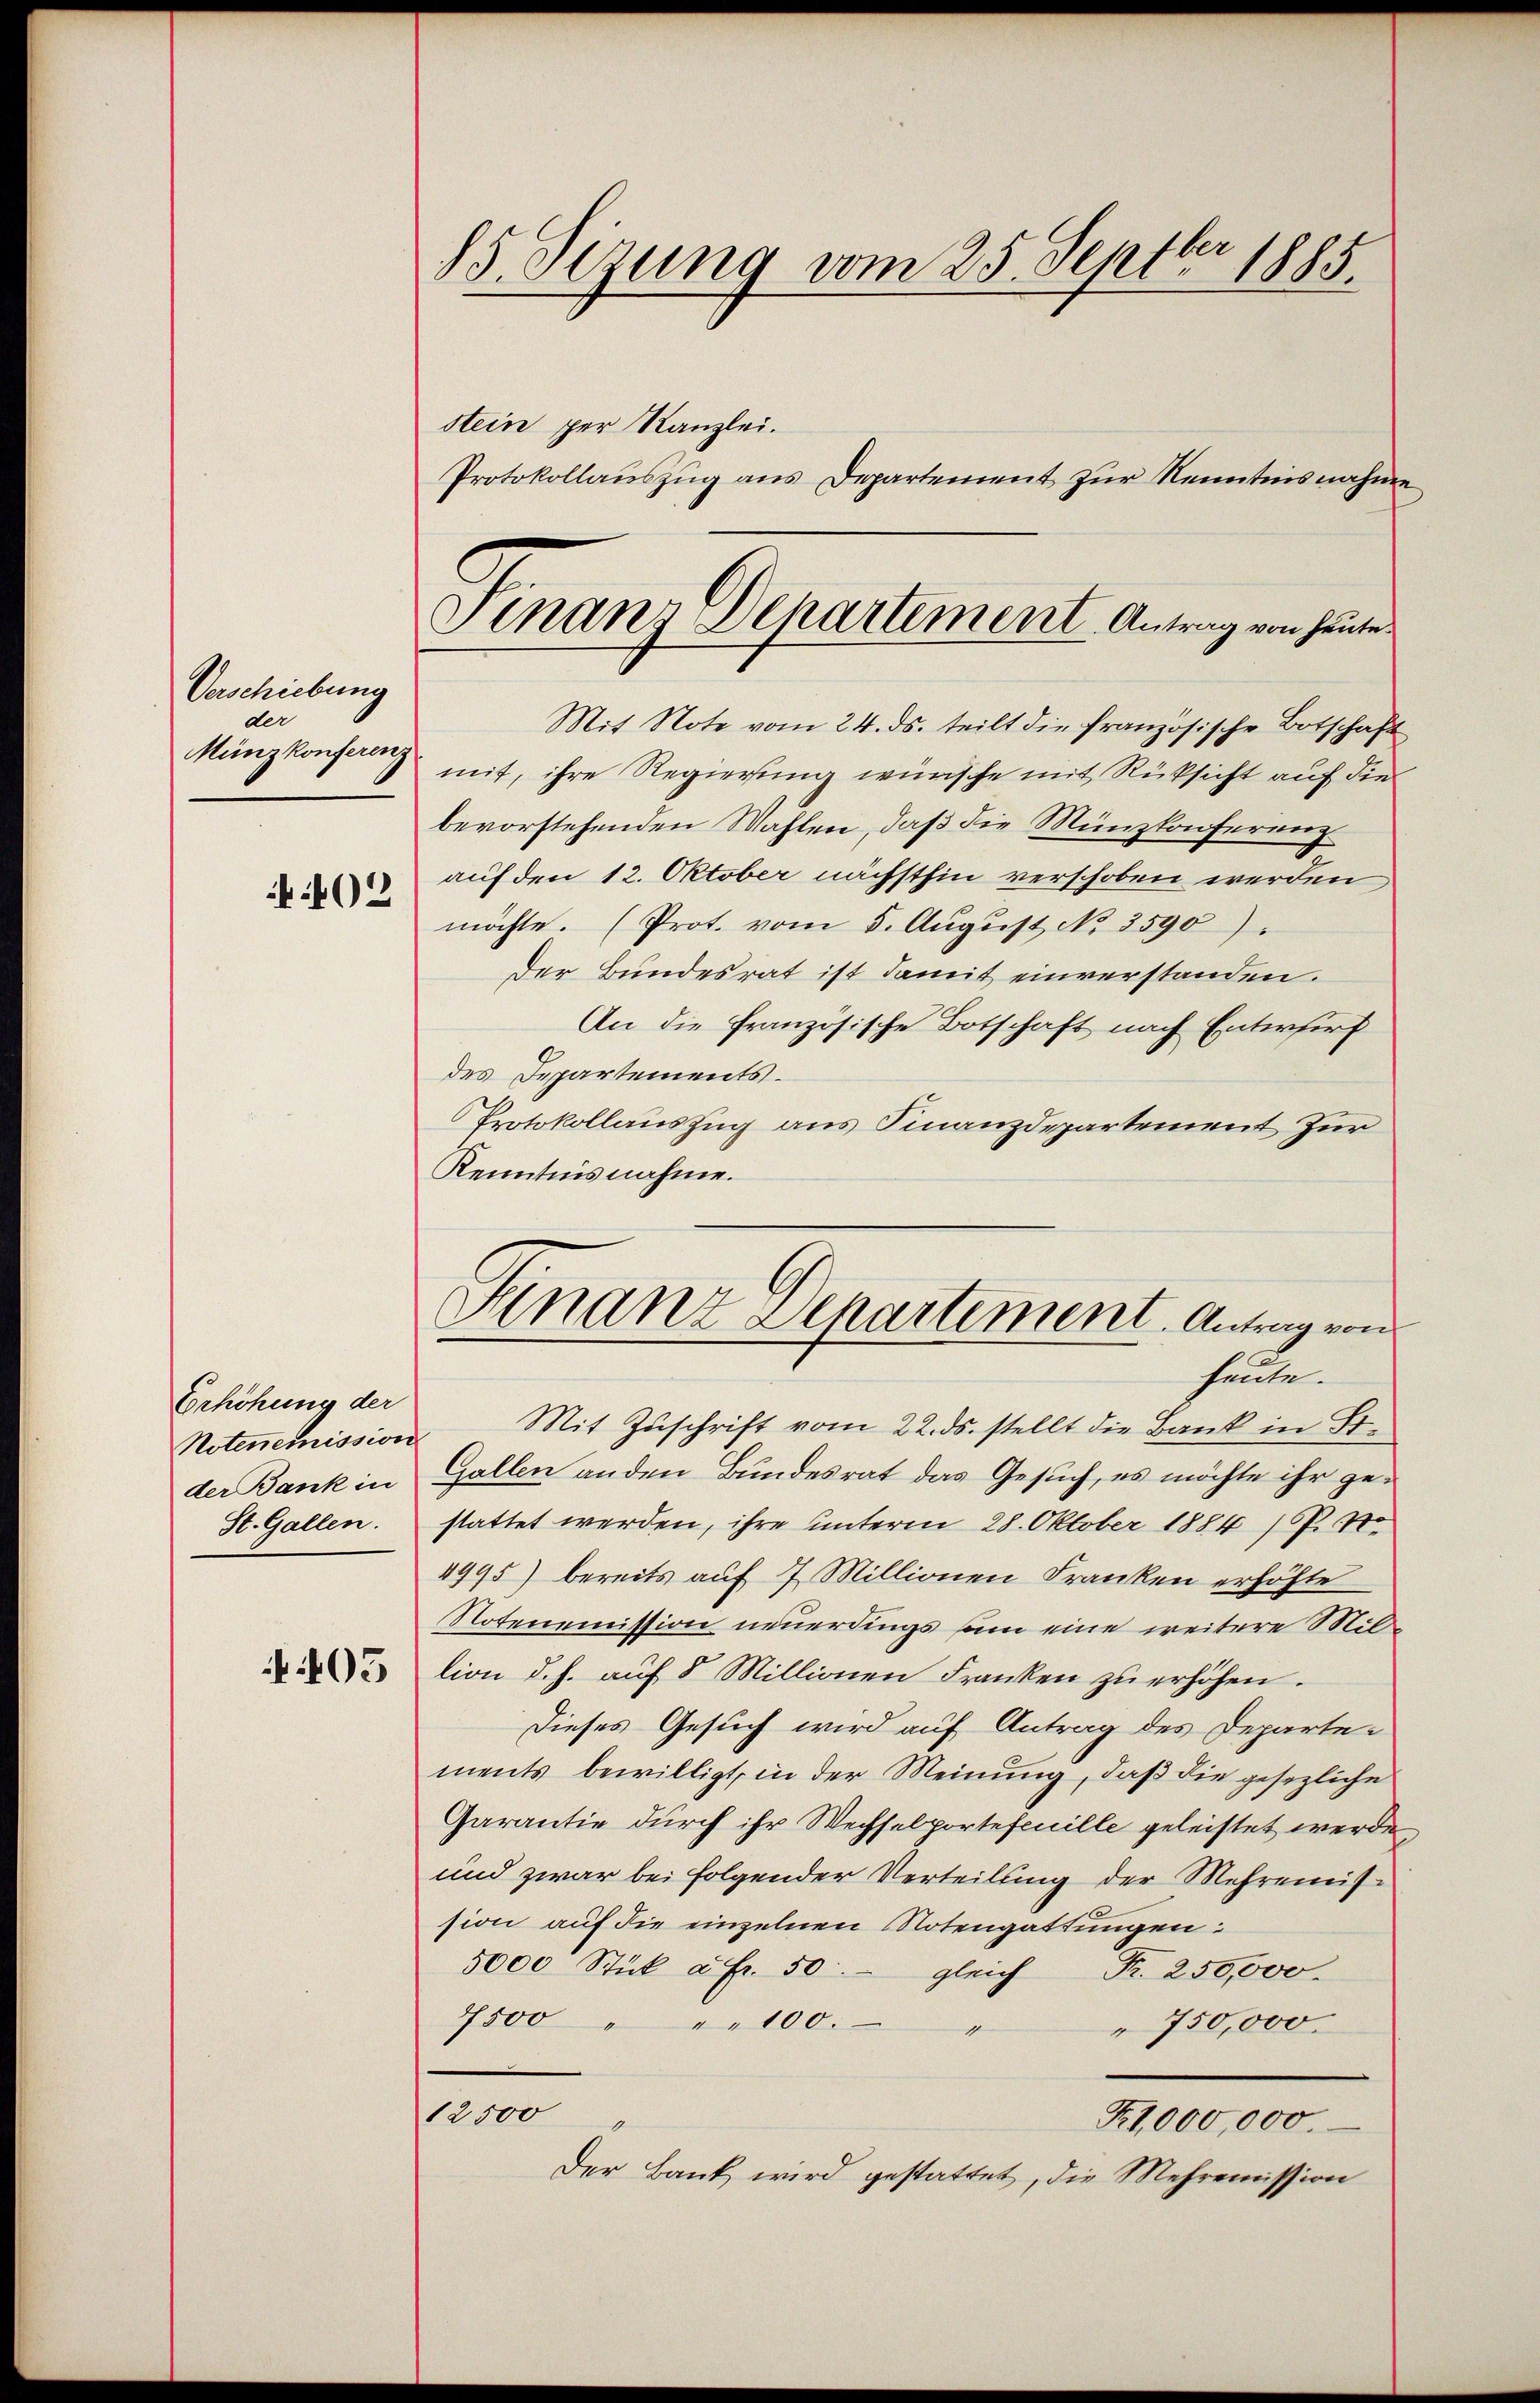
Verschiebung
der
Münzkonferenz
402

Erhöhung der
Notenemission
der Bank in
St. Gallen.

405

85. Sezung vom 25. Septbr 1885
stein per Kanzlei.
Protokollauszug aus Departement zur Kenntnisnahme

Mit Note vom 24. ds. teilt die französische Botschaft
mit, ihre Regierung wünsche mit Rücksicht auf die
bevorstehenden Wahlen, daß die Münzkonferenz
auf den 12. Oktober nächsthin verschoben werden
möchte. (Prot. vom 5. Aŭgŭst No. 3590).
Der Bundesrat ist damit einverstanden.
An die französische Botschaft nach Entwurf
des Departements.
Protokollauszug aus Finanzdepartement zur
Kenntnisnahme.
Mit Zuschrift vom 22. ds. stellt die Bank in St.
Gallen anden Bundesrat das Gesuch, es möchte ihr gestattet werden, ihre unterm 28. Oktober 1884) S. 4
4995) bereits auf 7 Millionen Franken erhöhte
Notenemission neuerdings sam eine weitere Million d. h. aŭf 8 Millionen Franken zŭ erhöhen.
Dieses Gesuch wird auf Antrag des Departements bewilligt, in der Meinung, daß die gesezliche
Garantie durch ihr Wechselportefeuille geleistet werde,
und zwar bei folgender Verteilung der Mehrenission auf die einzelnen Notengattungen:
5000 Stück à Fr. 50
gleich Fr. 250,000.
7500 " " 100.
750,000.
1
12500
T.1,000,000.
Der Bank wird gestattet, die Mehremission

Finan Departement Antrag von heute.

Finanz Departement. Antrag von
heute.